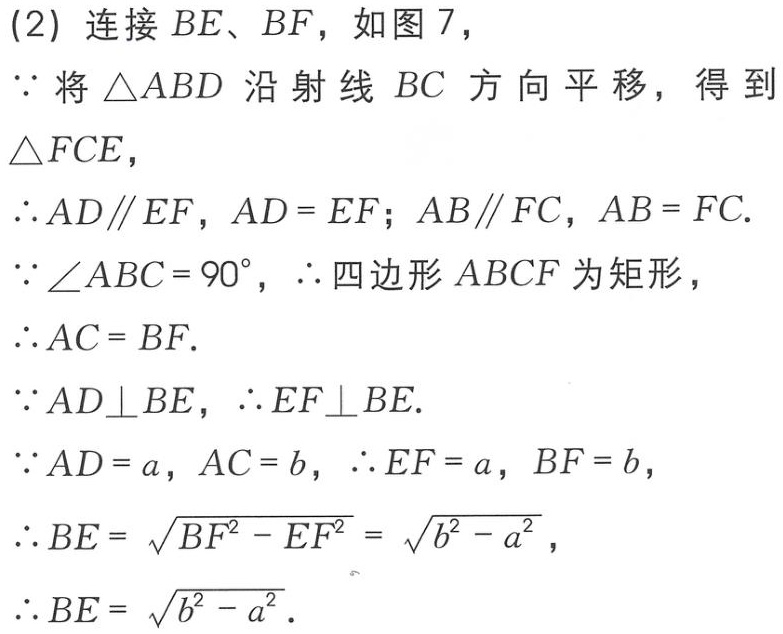
(2) 连接 \(BE\)、\(BF\)，如图 7，
\(\because\) 将 \(\triangle ABD\) 沿射线 \(BC\) 方向平移，得到 \(\triangle FCE\)，
\(\therefore AD\parallel EF\)，\(AD = EF\)；\(AB\parallel FC\)，\(AB = FC\).
\(\because\angle ABC = 90^{\circ}\)，\(\therefore\) 四边形 \(ABCF\) 为矩形，
\(\therefore AC = BF\).
\(\because AD\perp BE\)，\(\therefore EF\perp BE\).
\(\because AD = a\)，\(AC = b\)，\(\therefore EF = a\)，\(BF = b\)，
\(\therefore BE = \sqrt{BF^{2}-EF^{2}} = \sqrt{b^{2}-a^{2}}\)，
\(\therefore BE = \sqrt{b^{2}-a^{2}}\).